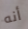
أنه